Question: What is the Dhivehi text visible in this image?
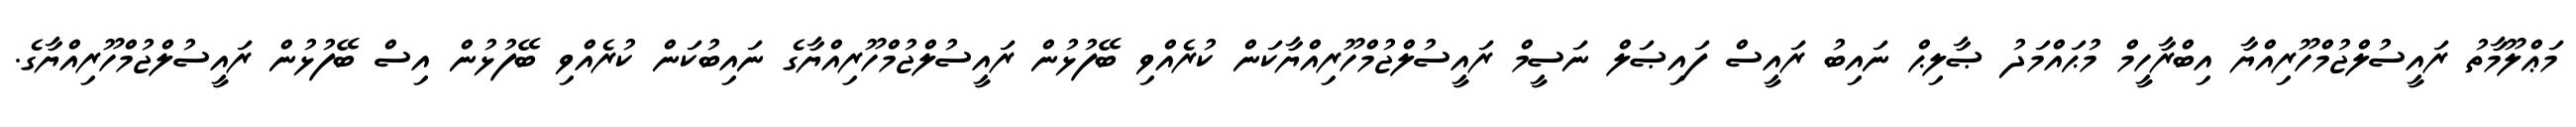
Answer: މަޢްލޫމާތު ރައީސުލްޖުމްހޫރިއްޔާ އިބްރާހީމް މުޙައްމަދު ޞާލިޙް ނައިބު ރައީސް ފައިޞަލް ނަސީމް ރައީސުލްޖުމްހޫރިއްޔާކަން ކުރެއްވި ބޭފުޅުން ރައީސުލްޖުމްހޫރިއްޔާގެ ނައިބުކަން ކުރެއްވި ބޭފުޅުން އިސް ބޭފުޅުން ރައީސުލްޖުމްހޫރިއްޔާގެ.